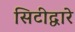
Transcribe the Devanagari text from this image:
सिटीद्वारे